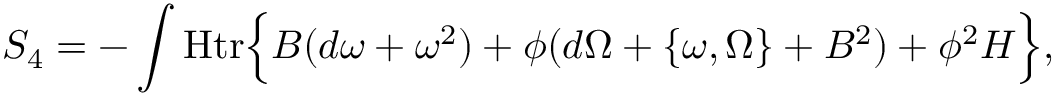
S _ { 4 } = - \int { \mathrm { H t r } } \Bigl \{ B ( d \omega + \omega ^ { 2 } ) + \phi ( d \Omega + \{ \omega , \Omega \} + B ^ { 2 } ) + \phi ^ { 2 } H \Bigr \} ,